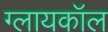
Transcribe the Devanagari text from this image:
ग्लायकॉल